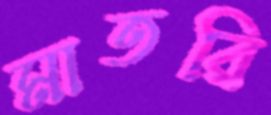
মাতরি